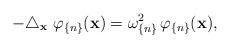
LaTeX: \begin{align*}-\triangle _{\mathbf{x}}\mathbf{\,\,}\varphi _{\{n\}}(\mathbf{x})=\omega_{\{n\}}^{2}\,\varphi _{\{n\}}(\mathbf{x}), \end{align*}